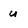
Character: u